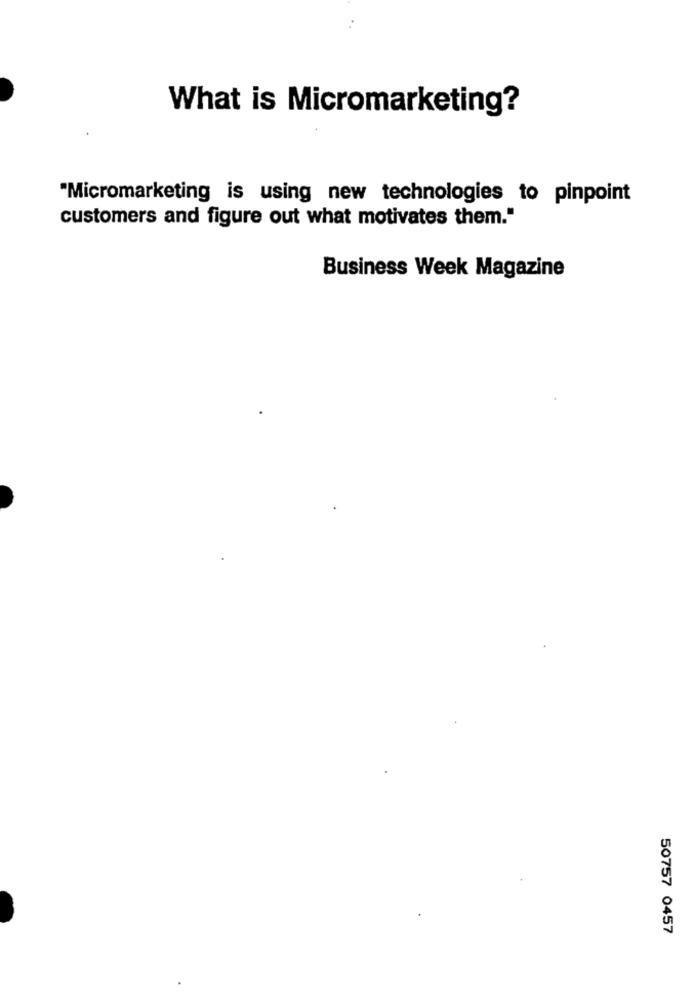
What is Micromarketing?
"Micromarketing is using new technologies to pinpoint
customers and figure out what motivates them."
Business Week Magazine
50757 0457